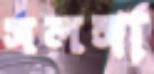
সলঙ্গা